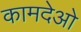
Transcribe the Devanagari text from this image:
कामदेओ